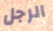
الرجل